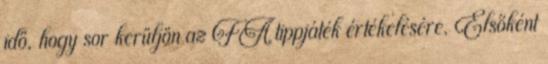
idő, hogy sor kerüljön az FA tippjáték értékelésére. Elsőként